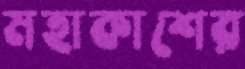
মহাকাশের